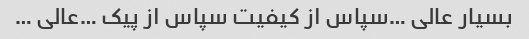
بسیار عالی …سپاس از کیفیت سپاس از پیک …عالی …